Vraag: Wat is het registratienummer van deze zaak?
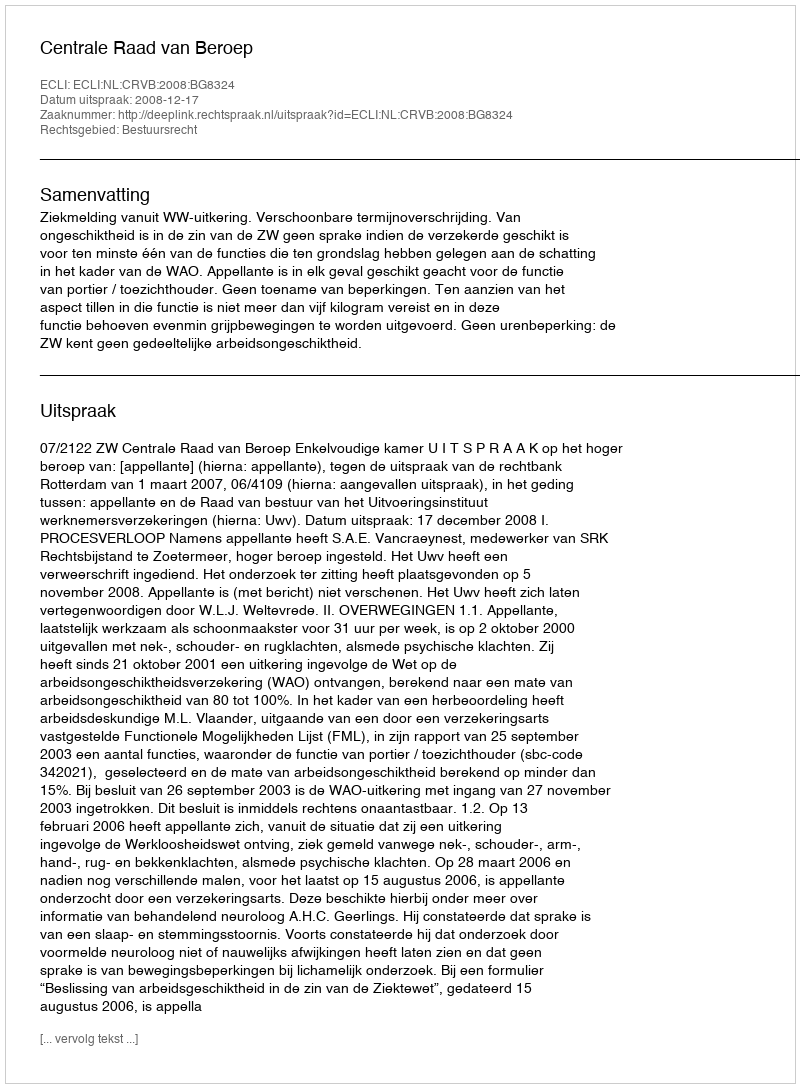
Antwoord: http://deeplink.rechtspraak.nl/uitspraak?id=ECLI:NL:CRVB:2008:BG8324